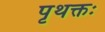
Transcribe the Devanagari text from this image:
पृथक्तः